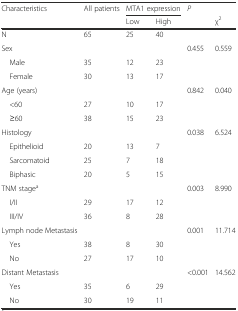
| <ROWSPAN=2> Characteristics | <ROWSPAN=2> All patients | <COLSPAN=2> MTA1 expression | <ROWSPAN=2> P |  |
 | Low | High | χ2 |
 | --- | --- | --- | --- | --- | --- |
 | N | 65 | 25 | 40 |  |  |
 | Sex |  |  |  | 0.455 | 0.559 |
 | Male | 35 | 12 | 23 |  |  |
 | Female | 30 | 13 | 17 |  |  |
 | Age (years) |  |  |  | 0.842 | 0.040 |
 | <60 | 27 | 10 | 17 |  |  |
 | ≥60 | 38 | 15 | 23 |  |  |
 | Histology |  |  |  | 0.038 | 6.524 |
 | Epithelioid | 20 | 13 | 7 |  |  |
 | Sarcomatoid | 25 | 7 | 18 |  |  |
 | Biphasic | 20 | 5 | 15 |  |  |
 | TNM stagea |  |  |  | 0.003 | 8.990 |
 | I/II | 29 | 17 | 12 |  |  |
 | III/IV | 36 | 8 | 28 |  |  |
 | Lymph node Metastasis |  |  |  | 0.001 | 11.714 |
 | Yes | 38 | 8 | 30 |  |  |
 | No | 27 | 17 | 10 |  |  |
 | Distant Metastasis |  |  |  | <0.001 | 14.562 |
 | Yes | 35 | 6 | 29 |  |  |
 | No | 30 | 19 | 11 |  |  |